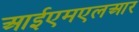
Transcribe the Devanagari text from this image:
आईएमएलआर